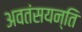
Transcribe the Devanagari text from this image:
अवतंसयन्ति